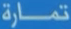
تمارة